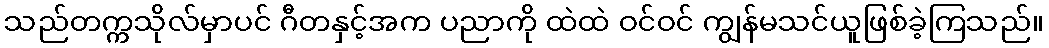
သည်တက္ကသိုလ်မှာပင် ဂီတနှင့်အက ပညာကို ထဲထဲ ဝင်ဝင် ကျွန်မသင်ယူဖြစ်ခဲ့ကြသည်။